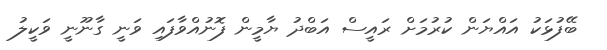
ބޭފުޅަކު އައްޔަން ކުރުމަށް ރައީސް އަބްދު ޔާމީން ފޮނުއްވާފައި ވަނީ ގާނޫނީ ވަކީލު